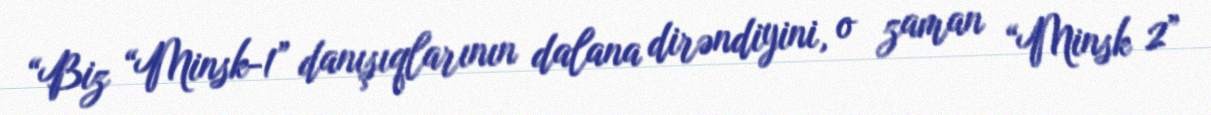
“Biz “Minsk-1” danışıqlarının dalana dirəndiyini, o zaman “Minsk 2”